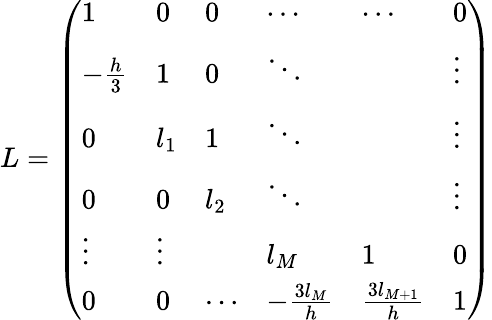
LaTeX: L=\left(\begin{array}{llllll}{1}&{0}&{0}&{\cdots}&{\cdots}&{0}\\ {-\frac{h}{3}}&{1}&{0}&{\ddots}&{}&{\vdots}\\ {0}&{l_{1}}&{1}&{\ddots}&{}&{\vdots}\\ {0}&{0}&{l_{2}}&{\ddots}&{}&{\vdots}\\ {\vdots}&{\vdots}&{}&{l_{M}}&{1}&{0}\\ {0}&{0}&{\cdots}&{-\frac{3l_{M}}{h}}&{\frac{3l_{M+1}}{h}}&{1}\end{array}\right)